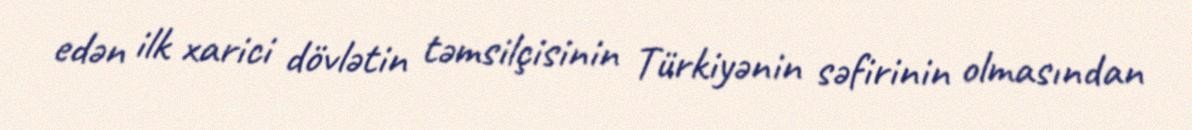
edən ilk xarici dövlətin təmsilçisinin Türkiyənin səfirinin olmasından